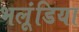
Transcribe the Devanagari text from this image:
भलूंडिया